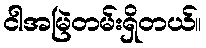
ငါအမြဲတမ်းရှိတယ်။